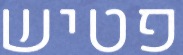
פטיש